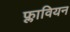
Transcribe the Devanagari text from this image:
फ्लावियन